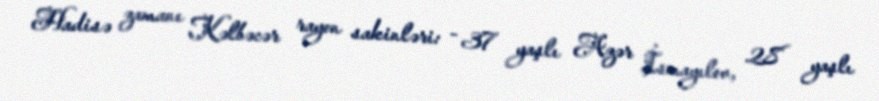
Hadisə zamanı Kəlbəcər rayon sakinləri: - 37 yaşlı Azər İsmayılov, 28 yaşlı